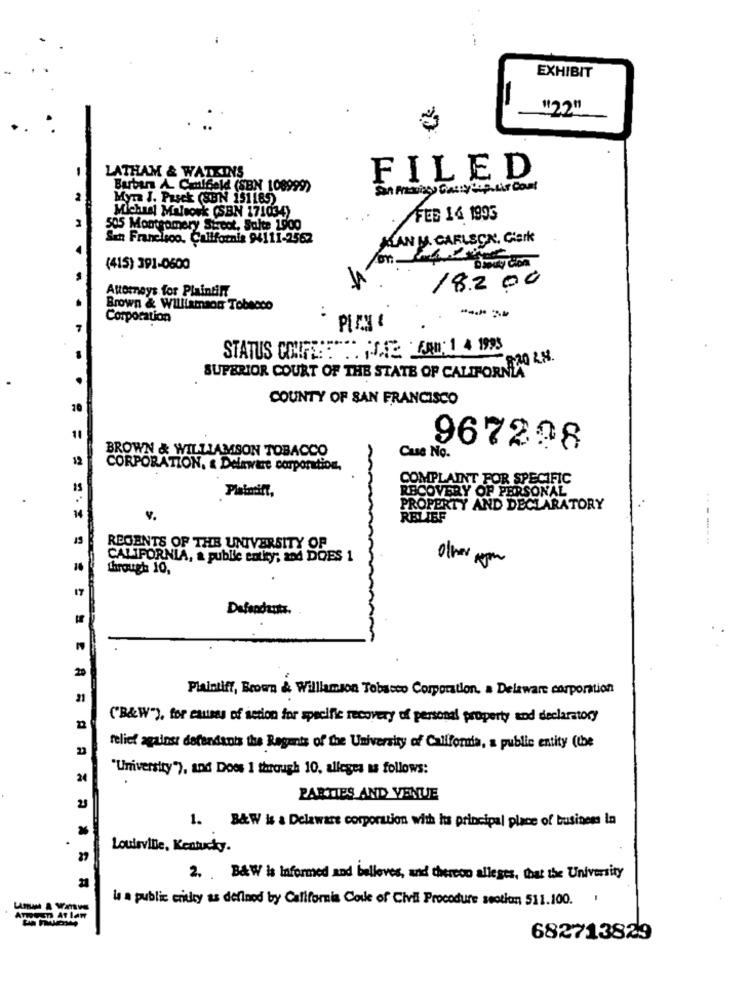
EXHIBIT
"2"
LATHAM & WATKINS
FILED
Burban A. Cmulfald (SBN 108999)
Myra J. Pasck (SUN 151185)
Michast Malsosk (SBN 171034)
FED 14 1995
505 Montgomery Street, Suite 1900
San Francisco, California 94111-2562
KLAN M. CARLSEN, Clerk
on.
(415) 391-0600
Attorneys for Plaintiff
182 00
Brown & Williamson Tobacco
Corporation
STATUS CONFERE" FOSTE FAN; 1 4 1993
SUPERIOR COURT OF THE STATE OF CALIFORNIA
COUNTY OF SAN FRANCISCO
BROWN & WILLIAMSON TOBACCO
967298
12
Case No.
CORPORATION, & Deleware corporation,
COMPLAINT FOR SPECIFIC
Platmift,
RECOVERY OF PERSONAL
PROPERTY AND DECLARATORY
14
v.
RELIEF
---..
REGENTS OF THE UNIVERSITY OF
CALIFORNIA, & publie entky; and DOES 1
other non
Through 10,
17
Defendants.
20
Plaintiff, Brown & Williamson Tobacco Corporation. a Delaware corporation
21
("B&W"), for causes of setion for specific recovery of personal property and declaratory
feliet against defendants the Regmis of the University of California, a public entity (the
"University"), and Does 1 through 10, alleges as follows:
24
PARTIES AND VENUE
1. B&W is & Delaware corporation with hus principal place of business In
Louisville, Kentucky.
27
2. B&W is informed and belloves, and thereco alleges, that the University
21
la a public eritky as defined by California Coule of Civil Procedure seotion 511.100. '
ATween At law
682713829